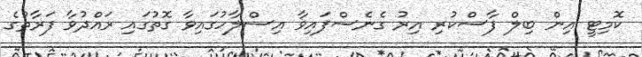
ކޮމިޓީ އިން ބިލް ފާސްކުރި އިރު ގެނެސްފައިވާ އިސްލާހުގައިވާ ގޮތުގައި ރައްދުވާ ފަރާތުގެ